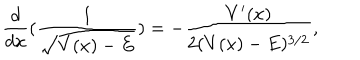
\frac { d } { d x } ( \frac { 1 } { \sqrt { V ( x ) - E } } ) = - \frac { V ^ { \prime } ( x ) } { 2 ( V ( x ) - E ) ^ { 3 / 2 } } ,